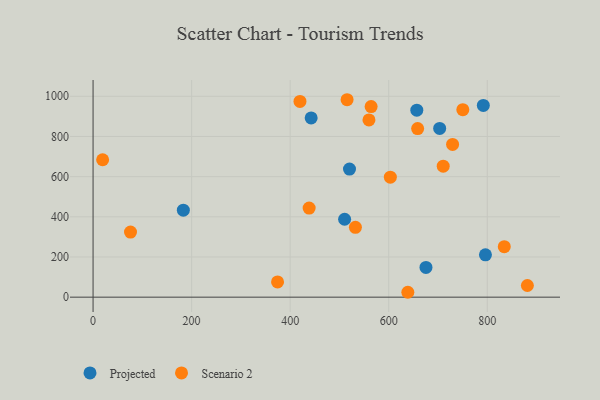
{"axis": {"x": "Ad Spend", "y": "Fuel Efficiency"}, "legend": ["Projected", "Scenario 2"], "data": [{"x": "675.6", "y": 147.8, "type": "Projected"}, {"x": "796.3", "y": 210.7, "type": "Projected"}, {"x": "520.4", "y": 637.5, "type": "Projected"}, {"x": "703.4", "y": 839.8, "type": "Projected"}, {"x": "510.5", "y": 387.8, "type": "Projected"}, {"x": "792.0", "y": 954.5, "type": "Projected"}, {"x": "442.6", "y": 892.4, "type": "Projected"}, {"x": "183.2", "y": 433.1, "type": "Projected"}, {"x": "657.0", "y": 930.8, "type": "Projected"}, {"x": "559.9", "y": 882.2, "type": "Scenario 2"}, {"x": "750.4", "y": 933.3, "type": "Scenario 2"}, {"x": "19.4", "y": 684.0, "type": "Scenario 2"}, {"x": "710.6", "y": 651.9, "type": "Scenario 2"}, {"x": "76.0", "y": 324.0, "type": "Scenario 2"}, {"x": "564.3", "y": 948.6, "type": "Scenario 2"}, {"x": "729.6", "y": 760.2, "type": "Scenario 2"}, {"x": "603.3", "y": 597.3, "type": "Scenario 2"}, {"x": "834.5", "y": 251.3, "type": "Scenario 2"}, {"x": "438.5", "y": 443.4, "type": "Scenario 2"}, {"x": "419.9", "y": 974.6, "type": "Scenario 2"}, {"x": "638.8", "y": 24.3, "type": "Scenario 2"}, {"x": "374.4", "y": 75.9, "type": "Scenario 2"}, {"x": "532.4", "y": 347.5, "type": "Scenario 2"}, {"x": "515.5", "y": 982.9, "type": "Scenario 2"}, {"x": "658.7", "y": 839.2, "type": "Scenario 2"}, {"x": "881.4", "y": 58.1, "type": "Scenario 2"}]}